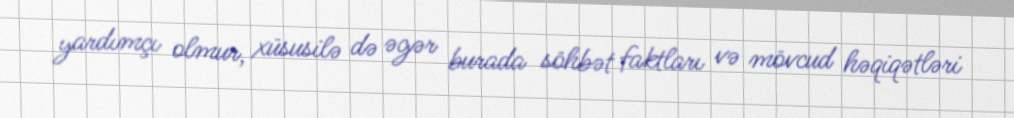
yardımçı olmur, xüsusilə də əgər burada söhbət faktları və mövcud həqiqətləri